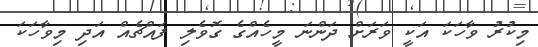
މިކުރު ވާހަކަ އަކީ ވަރަށް ދަންނަ މީހެއްގެ ގޮވެލި ފައްޗެއް އަދި މިވާހަކަ